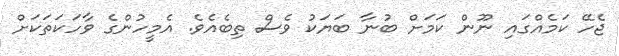
ޖެހޭ ކަމެއްގައި ނޫން ކަމަށް ބުނާ ބަޔަކު ވެސް ތިބެއެވެ. އެމީހުންގެ ވާހަކަތަކަށް